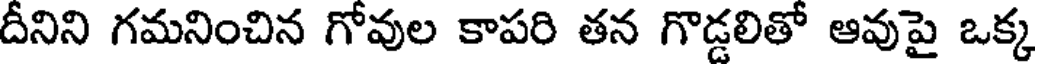
దీనిని గమనించిన గోవుల కాపరి తన గొడ్డలితో ఆవుపై ఒక్క